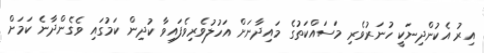
އިރު އެކުންދިނަކީ ހުނަރުވެރި މަސައްކަތުގެ މައިދާނަށް އަހުލުވެރިވެފައިވާ ކުދިން ކަމުގައި ވެގެންދާނެ ކަމަށް